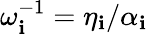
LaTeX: \omega_{\mathbf{i}}^{-1}=\eta_{\mathbf{i}}/\alpha_{\mathbf{i}}